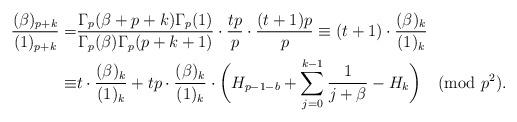
LaTeX: \begin{align*}\frac{(\beta)_{p+k}}{(1)_{p+k}}=&\frac{\Gamma_p(\beta+p+k)\Gamma_p(1)}{\Gamma_p(\beta)\Gamma_p(p+k+1)}\cdot\frac{tp}{p}\cdot\frac{(t+1)p}{p}\equiv(t+1)\cdot\frac{(\beta)_k}{(1)_k}\\\equiv&t\cdot\frac{(\beta)_k}{(1)_k}+tp\cdot\frac{(\beta)_k}{(1)_k}\cdot\bigg(H_{p-1-b}+\sum_{j=0}^{k-1}\frac{1}{j+\beta}-H_k\bigg)\pmod{p^2}.\end{align*}